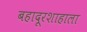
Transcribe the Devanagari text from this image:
बहादूरशाहाला